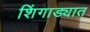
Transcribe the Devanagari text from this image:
शिंगाड्यात